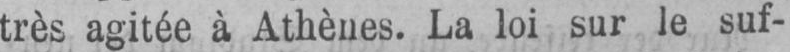
très agitée à Athènes. La loi sur le suf-